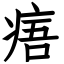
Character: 痦